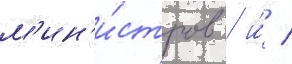
м'ин'и́стров / и́ /